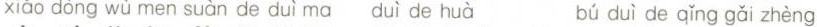
xiào dòng wù men suàn de duì ma duì de huà bú duì de qǐng gǎi zhèng